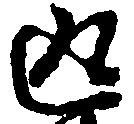
返